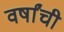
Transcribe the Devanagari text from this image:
वर्षांंची